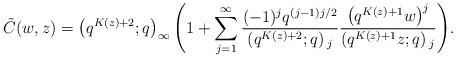
LaTeX: \begin{align*}\tilde{C}(w,z)=\left(q^{K(z)+2};q\right)_{\infty}\left(1+\sum_{j=1}^{\infty}\frac{(-1)^{j}q^{(j-1)j/2}}{\left(q^{K(z)+2};q\right){}_{j}}\frac{\left(q^{K(z)+1}w\right)^{j}}{\left(q^{K(z)+1}z;q\right){}_{j}}\right)\!.\end{align*}